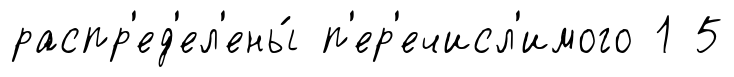
распр'ед'ел'ены́ п'ер'ечисл'имого 1 5